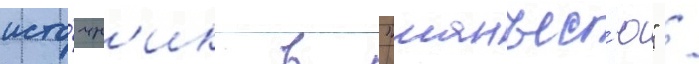
исто́чн'ик в "манъес'ю" /